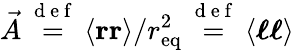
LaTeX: \vec{A}\stackrel{\mathrm{~d~e~f~}}{=}\left\langle\boldsymbol{\mathbf{r}}\boldsymbol{\mathbf{r}}\right\rangle/r_{\mathrm{eq}}^{2}\stackrel{\mathrm{~d~e~f~}}{=}\left\langle\boldsymbol{\ell}\boldsymbol{\ell}\right\rangle